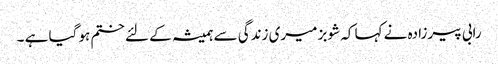
رابی پیرزادہ نے کہا کہ شوبز میری زندگی سے ہمیشہ کے لئے ختم ہو گیا ہے ۔